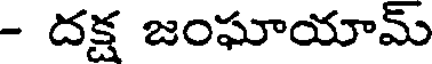
- దక్ష జంఘాయామ్